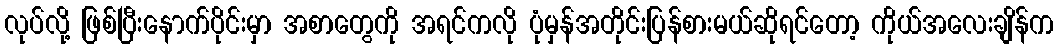
လုပ်လို့ ဖြစ်ပြီးနောက်ပိုင်းမှာ အစာတွေကို အရင်ကလို ပုံမှန်အတိုင်းပြန်စားမယ်ဆိုရင်တော့ ကိုယ်အလေးချိန်က